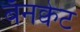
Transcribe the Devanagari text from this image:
बॅनक्वेट